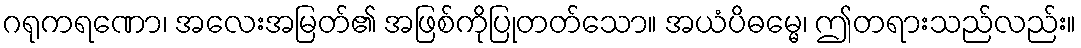
ဂရုကရဏော၊ အလေးအမြတ်၏ အဖြစ်ကိုပြုတတ်သော။ အယံပိဓမ္မေ၊ ဤတရားသည်လည်း။